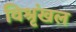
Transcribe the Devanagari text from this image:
विश्रृंखल